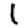
Digit: 1